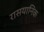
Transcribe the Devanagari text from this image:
रासयानिक